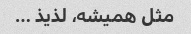
مثل همیشه، لذیذ …